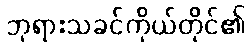
ဘုရားသခင်ကိုယ်တိုင်၏